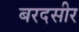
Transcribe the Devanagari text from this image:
बरदसीर